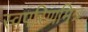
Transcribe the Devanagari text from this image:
स्वपरिणमित्र